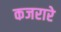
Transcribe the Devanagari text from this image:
कजरारे